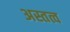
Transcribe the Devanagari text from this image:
अस्तत्व